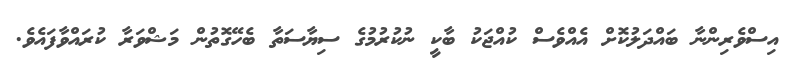
އިސްވެރިންނާ ބައްދަލުކޮށް އެއްވެސް ކުއްޖަކު ބާކީ ނުކުރުމުގެ ސިޔާސަތާ ބެހޭގޮތުން މަޝްވަރާ ކުރައްވާފައެވެ.